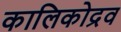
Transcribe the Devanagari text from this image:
कालिकोद्रव